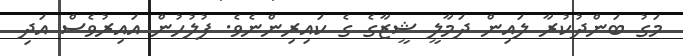
މަގު ބަންދުކުރާ ލައިން ދަމާލީ ޝީޒާގެ ގެ ކައިރިންނެވެ. ފުލުހުން އައިރުވެސް އަދި